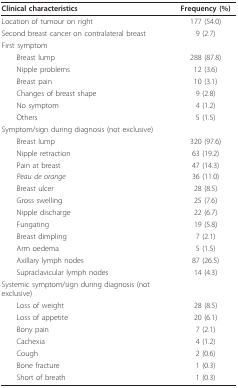
<table><thead><tr><td><b>Clinical characteristics</b></td><td><b>Frequency (%)</b></td></tr></thead><tbody><tr><td>Location of tumour on right</td><td>177 (54.0)</td></tr><tr><td>Second breast cancer on contralateral breast</td><td>9 (2.7)</td></tr><tr><td>First symptom</td><td></td></tr><tr><td> Breast lump</td><td>288 (87.8)</td></tr><tr><td> Nipple problems</td><td>12 (3.6)</td></tr><tr><td> Breast pain</td><td>10 (3.1)</td></tr><tr><td> Changes of breast shape</td><td>9 (2.8)</td></tr><tr><td> No symptom</td><td>4 (1.2)</td></tr><tr><td> Others</td><td>5 (1.5)</td></tr><tr><td>Symptom/sign during diagnosis (not exclusive)</td><td></td></tr><tr><td> Breast lump</td><td>320 (97.6)</td></tr><tr><td> Nipple retraction</td><td>63 (19.2)</td></tr><tr><td> Pain at breast</td><td>47 (14.3)</td></tr><tr><td> <i>Peau de orange</i></td><td>36 (11.0)</td></tr><tr><td> Breast ulcer</td><td>28 (8.5)</td></tr><tr><td> Gross swelling</td><td>25 (7.6)</td></tr><tr><td> Nipple discharge</td><td>22 (6.7)</td></tr><tr><td> Fungating</td><td>19 (5.8)</td></tr><tr><td> Breast dimpling</td><td>7 (2.1)</td></tr><tr><td> Arm oedema</td><td>5 (1.5)</td></tr><tr><td> Axillary lymph nodes</td><td>87 (26.5)</td></tr><tr><td> Supraclavicular lymph nodes</td><td>14 (4.3)</td></tr><tr><td>Systemic symptom/sign during diagnosis (not exclusive)</td><td></td></tr><tr><td> Loss of weight</td><td>28 (8.5)</td></tr><tr><td> Loss of appetite</td><td>20 (6.1)</td></tr><tr><td> Bony pain</td><td>7 (2.1)</td></tr><tr><td> Cachexia</td><td>4 (1.2)</td></tr><tr><td> Cough</td><td>2 (0.6)</td></tr><tr><td> Bone fracture</td><td>1 (0.3)</td></tr><tr><td> Short of breath</td><td>1 (0.3)</td></tr></tbody></table>